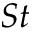
S t